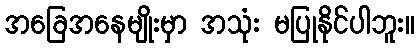
အခြေအနေမျိုးမှာ အသုံး မပြုနိုင်ပါဘူး။